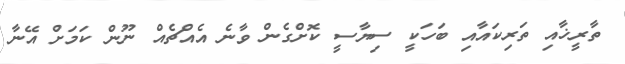
ތާރީޚާއި ތަރިކައާއި ބަހަކީ ސިޔާސީ ކޮށްގެން ވާނެ އެއްޗެއް ނޫން ކަމަށް އޭނާ